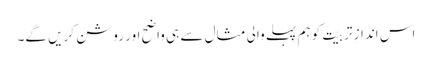
اس اندازِ تربیّت کو ہم پہلے والی مثال سے ہی واضح اور روشن کریں گے۔